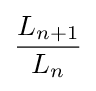
{\frac {L_{n+1}}{L_{n}}}